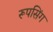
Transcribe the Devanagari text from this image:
रूपसिंग